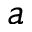
a